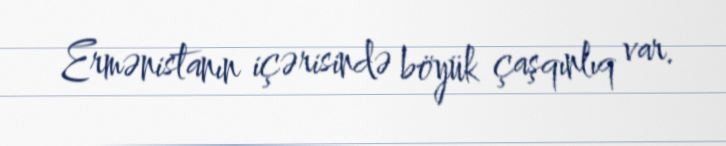
Ermənistanın içərisində böyük çaşqınlıq var.